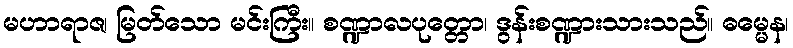
မဟာရာဇ၊ မြတ်သော မင်းကြီး။ စဏ္ဍာလပုတ္တော၊ ဒွန်းစဏ္ဍားသားသည်။ ဓမ္မေန၊